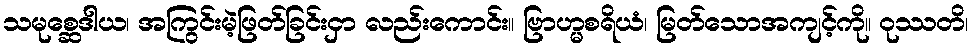
သမုစ္ဆေဒါယ၊ အကြွင်းမဲ့ဖြတ်ခြင်းငှာ လည်းကောင်း။ ဗြာဟ္မစရိယံ၊ မြတ်သောအကျင့်ကို။ ဝုဿတိ၊